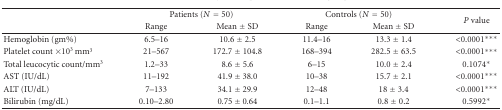
|  | <COLSPAN=2> Patients (N = 50) | <COLSPAN=2> Controls (N = 50) | <ROWSPAN=2> P value |
 |  | Range | Mean ± SD | Range | Mean ± SD |
 | --- | --- | --- | --- | --- | --- |
 | Hemoglobin (gm%) | 6.5–16 | 10.6 ± 2.5 | 11.4–16 | 13.3 ± 1.4 | <0.0001*** |
 | Platelet count ×103 mm3 | 21–567 | 172.7 ± 104.8 | 168–394 | 282.5 ± 63.5 | <0.0001*** |
 | Total leucocytic count/mm3 | 1.2–33 | 8.6 ± 5.6 | 6–15 | 10.0 ± 2.4 | 0.1074* |
 | AST (IU/dL) | 11–192 | 41.9 ± 38.0 | 10–38 | 15.7 ± 2.1 | <0.0001*** |
 | ALT (IU/dL) | 7–133 | 34.1 ± 29.9 | 12–48 | 18 ± 3.4 | <0.0001*** |
 | Bilirubin (mg/dL) | 0.10–2.80 | 0.75 ± 0.64 | 0.1–1.1 | 0.8 ± 0.2 | 0.5992* |